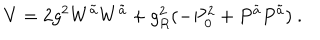
LaTeX: V = 2 g ^ { 2 } W ^ { \tilde { a } } W ^ { \tilde { a } } + g _ { R } ^ { 2 } ( - P _ { 0 } ^ { 2 } + P ^ { \tilde { a } } P ^ { \tilde { a } } ) \ .